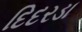
દિદરડા